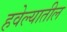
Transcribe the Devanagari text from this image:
हवेल्यातील